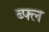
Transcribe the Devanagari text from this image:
ब्फ्ल